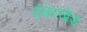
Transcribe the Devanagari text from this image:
उंबरखेड